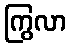
ကြွလာ